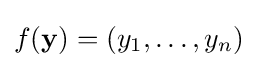
f(\mathbf {y} )=\left(y_{1},\dots ,y_{n}\right)